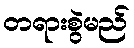
တရားစွဲမည်